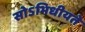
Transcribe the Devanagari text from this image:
सोऽभिधीयते